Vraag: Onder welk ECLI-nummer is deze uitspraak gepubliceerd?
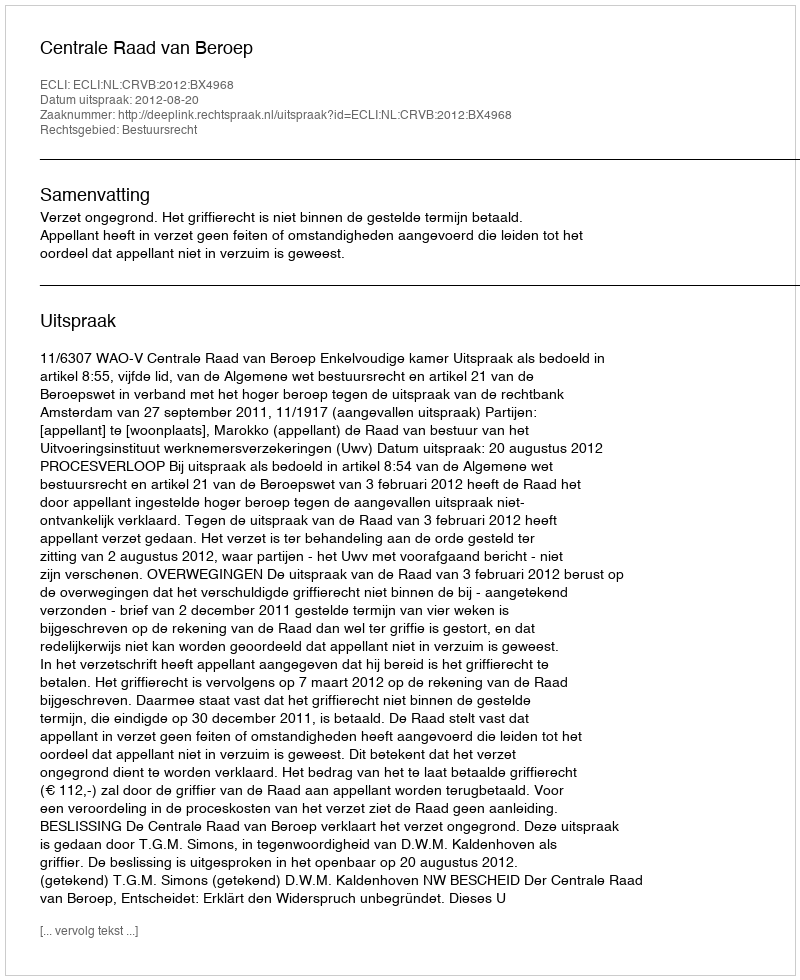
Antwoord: ECLI:NL:CRVB:2012:BX4968